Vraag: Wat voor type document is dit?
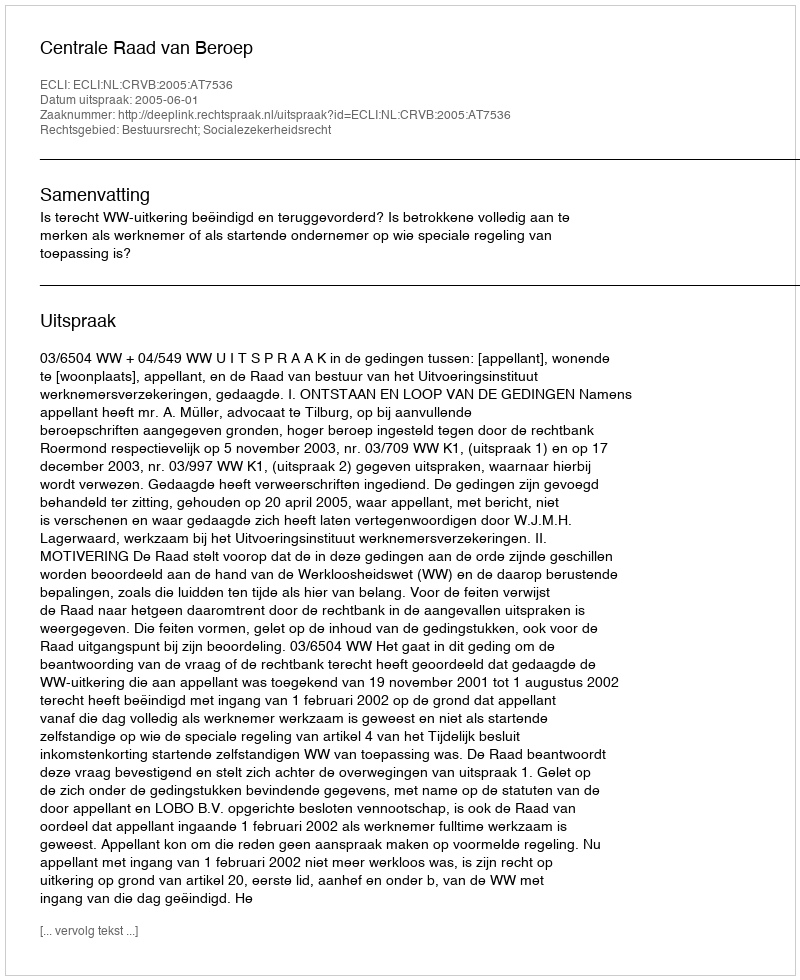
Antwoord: Uitspraak